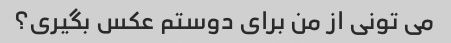
می تونی از من برای دوستم عکس بگیری؟